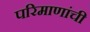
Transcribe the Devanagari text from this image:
परिमाणांची